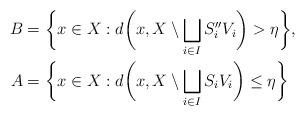
LaTeX: \begin{align*}B &= \bigg\{ x\in X : d\bigg(x,X\setminus \bigsqcup_{i\in I} S_i'' V_i\bigg) > \eta \bigg\} , \\A &= \bigg\{ x\in X : d\bigg(x,X\setminus \bigsqcup_{i\in I} S_i V_i\bigg) \leq \eta \bigg\}\end{align*}